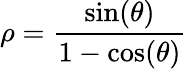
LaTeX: \rho=\frac{\sin(\theta)}{1-\cos(\theta)}